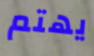
يهتم